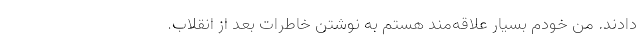
دادند. من خودم بسیار علاقه‌مند هستم به نوشتن خاطرات بعد از انقلاب.